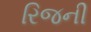
રિજની